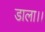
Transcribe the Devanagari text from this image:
डाला।।